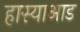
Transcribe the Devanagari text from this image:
हास्याआड